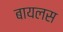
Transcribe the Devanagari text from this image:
बायलस